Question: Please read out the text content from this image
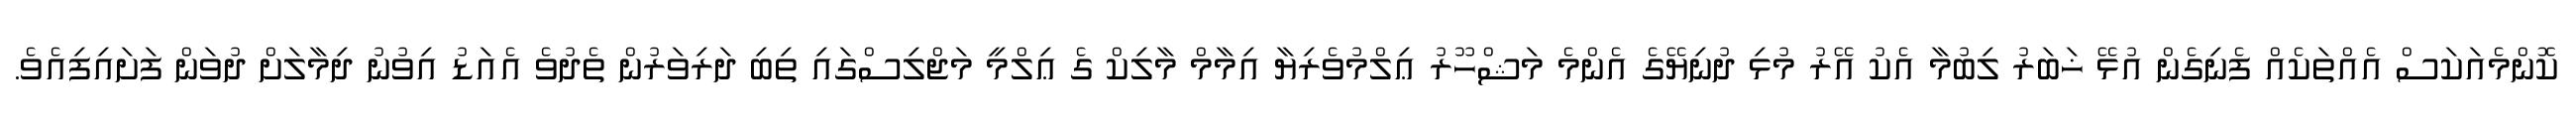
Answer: ކޮންމެއަކަސް އެއްތަކެއް ފެނިގެން އުޅޭ ޚަބަރު ލިބުމާ އެކު އޭރު މުޅި ދުނިޔޭގެ އެންމެ މަޝްހޫރު ޢިލްމުވެރިޔާ އިމާމް މާލިކް ގެ ޢިލްމީ މަޖްލިސްގައި ތިބި ދަރިވަރުން ތެދުވެ އެއަޑު އިވުނު ދިމާލަށް ދުވަން ފަށައިފިއެވެ.